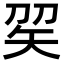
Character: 𥎫